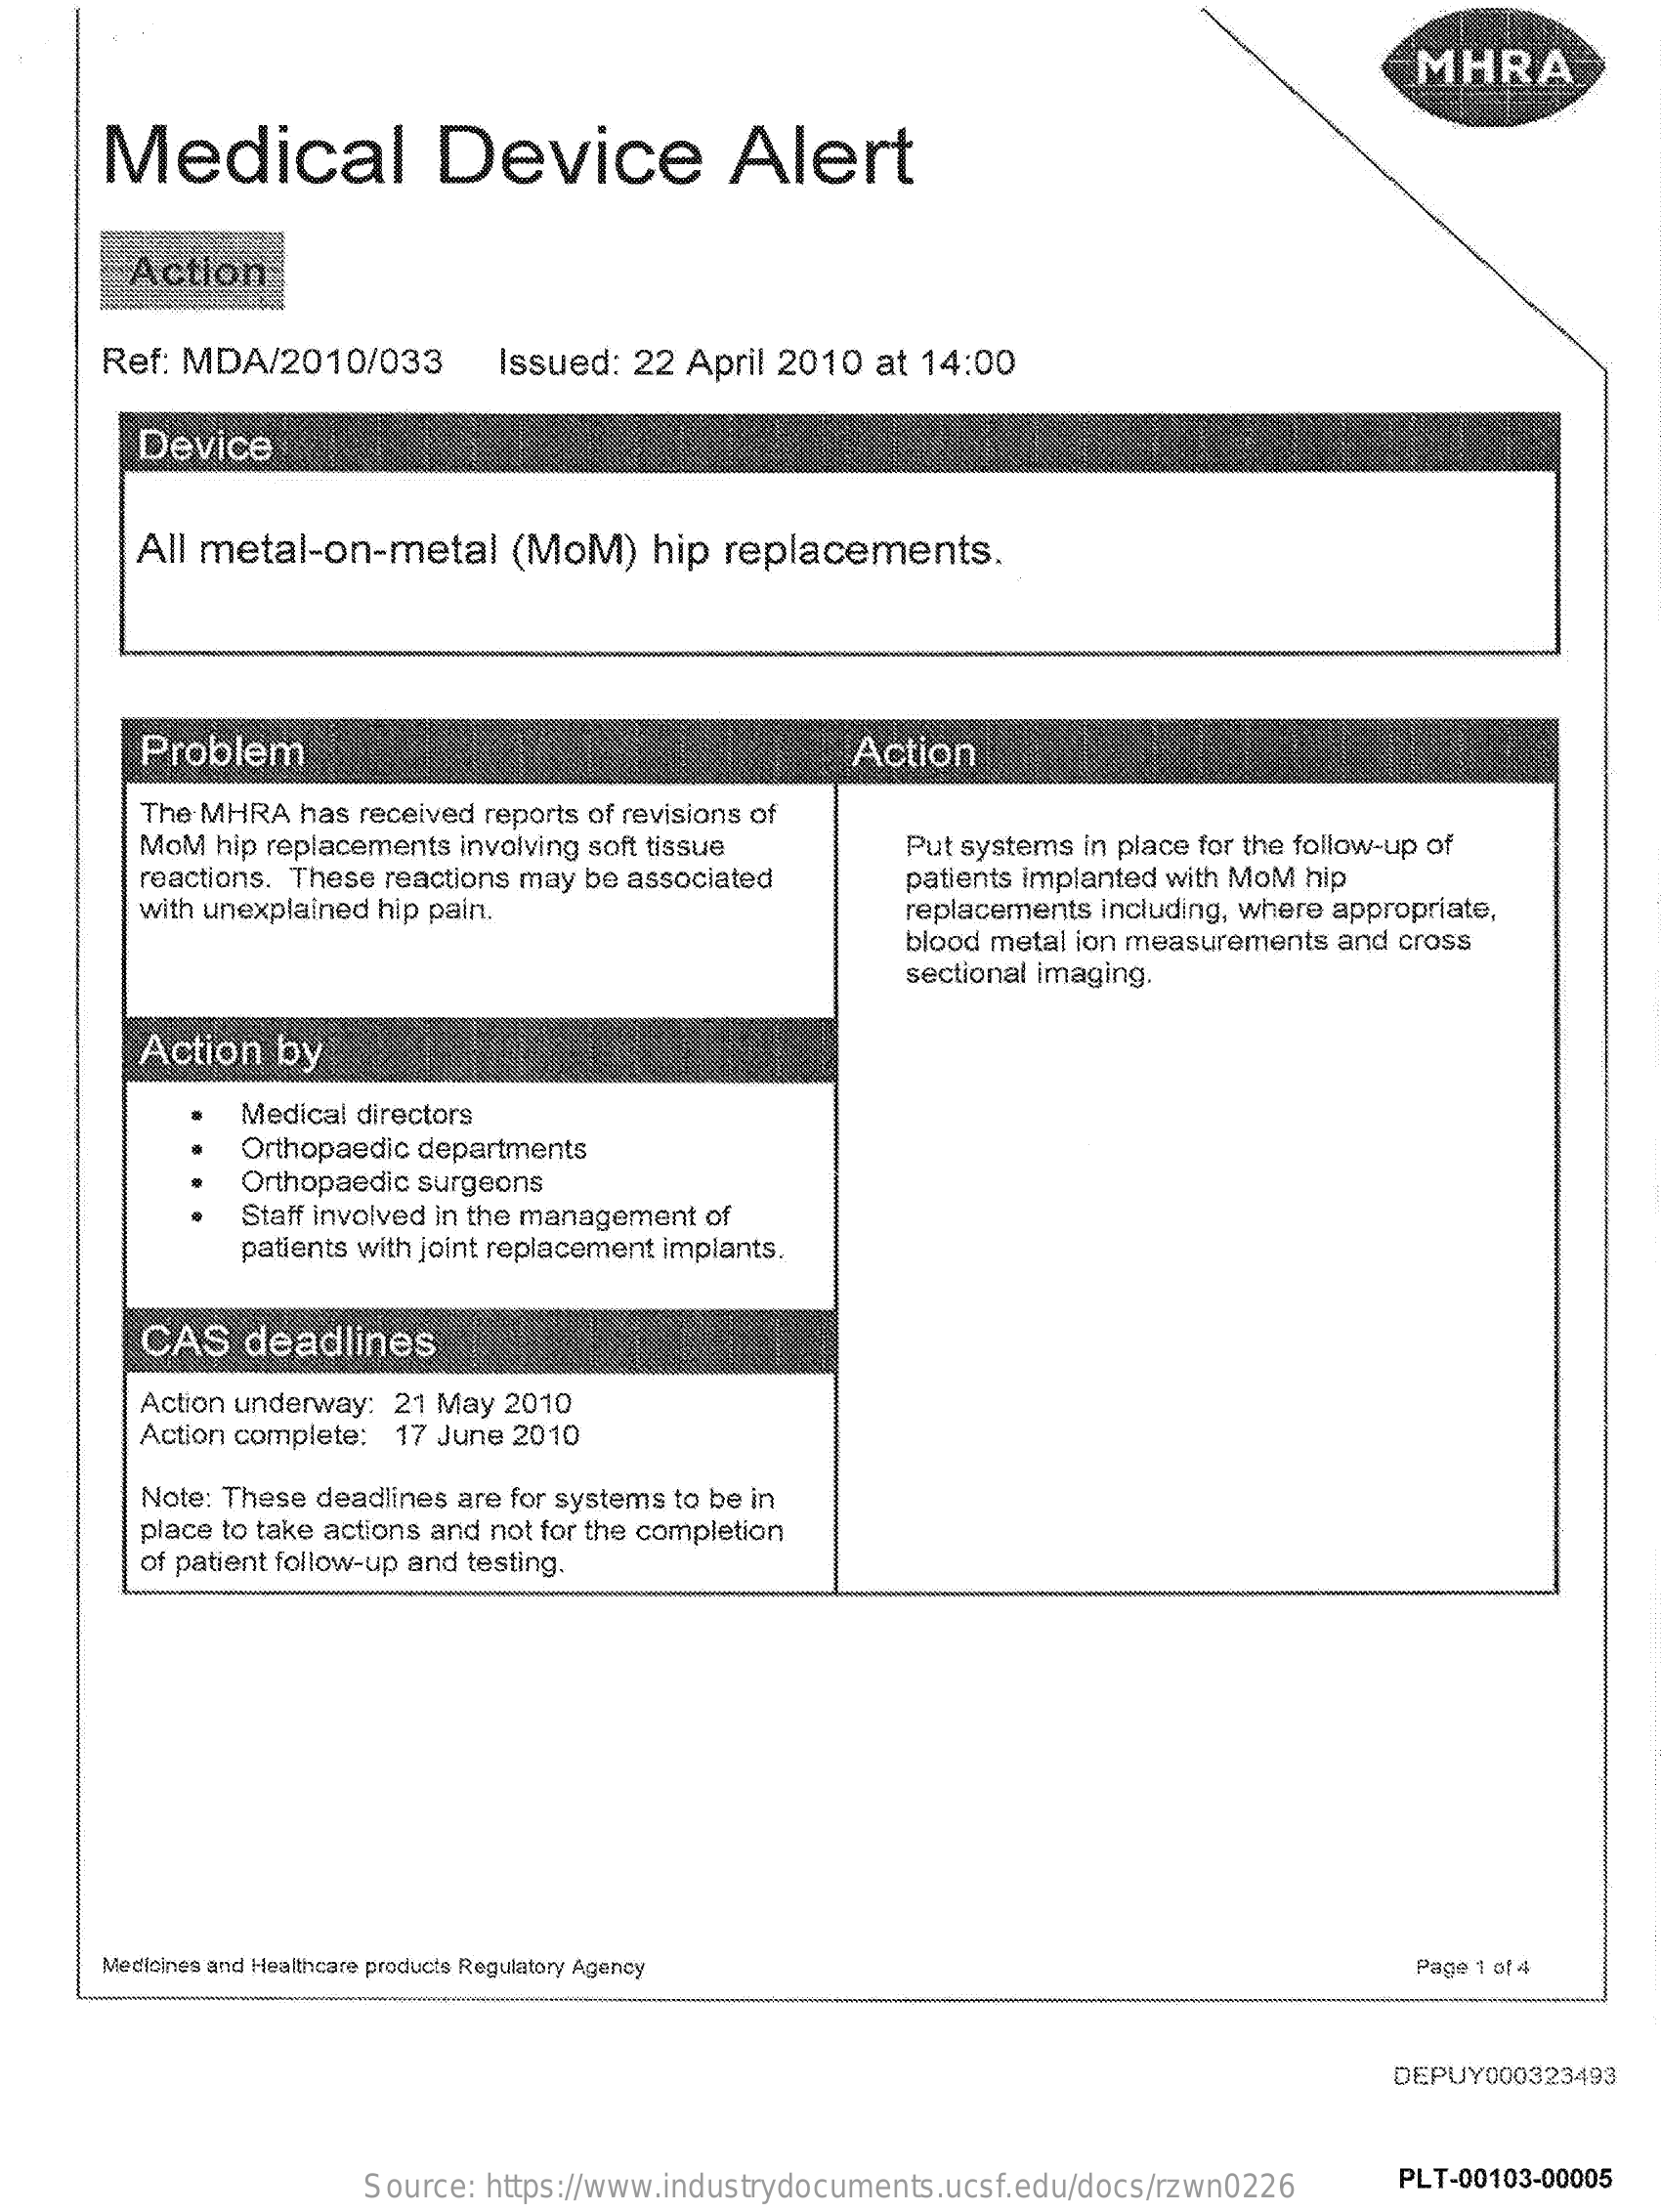
MHRA
     Medical    Device    Alert
     Action
     Ref: MDA/2010/033    Issued: 22 April 2010 at 14:00
     Device
     All metal-on-metal    (MoM)    hip replacements.
     Problem    Action
     The MHRA has received reports of revisions of
     MoM hip replacements involving soft tissue   Put systems in place for the follow-up of
     reactions. These reactions may be associated
     with unexplained hip pain.
     patients implanted with MoM hip
     replacements including, where appropriate,
     blood metal ion measurements and cross
     sectional imaging.
     Action  by
     Medical directors
     Orthopaedic departments
     Orthopaedic surgeons
     Staff involved in the management of
     patients with joint replacement implants.
     CAS  deadlines
     Action underway: 21 May 2010
     Action complete: 17 June 2010
     Note: These deadlines are for systems to be in
     place to take actions and not for the completion
     of patient follow-up and testing.
     Medicines and Healthcare products Regulatory Agency    Page 1 of 4
     DEPUY000323493
     Source: https://www.industrydocuments.ucsf.edu/docs/rzwn0226 PLT-00103-00005